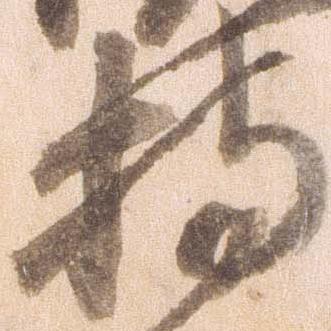
持